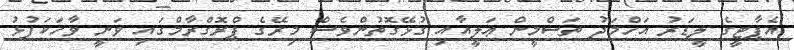
އެޕާޓީގެ ލީޑަރު އަހްމަދު ތަސްމީން ޢަލީއާއި ގުޅޭގޮތުންވެސް މިރޭގެ ޕްރޮގްރާމްގައި ވަނީ ވާހަކަފުޅު